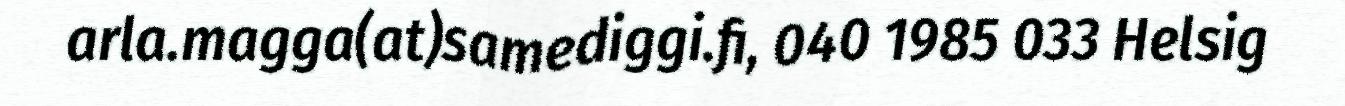
arla.magga(at)samediggi.fi, 040 1985 033 Helsig